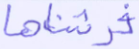
فرشناها